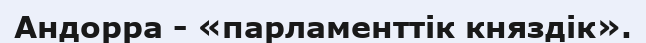
Андорра - «парламенттік княздік».